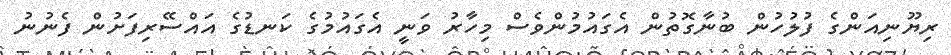
ރިޔޫނިއަންގެ ފުލުހުން ބުނާގޮތުން އެގައުމުންވެސް މިހާރު ވަނީ އެގައުމުގެ ކަނޑުގެ އައްސޭރިފަށުން ފެނުނު